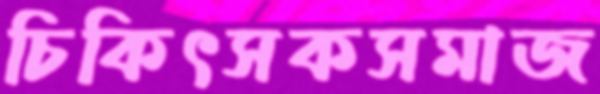
চিকিৎসকসমাজ